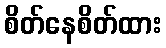
စိတ်နေစိတ်ထား